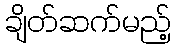
ချိတ်ဆက်မည့်